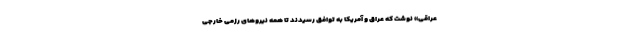
عراقی» نوشت که عراق و آمریکا به توافق رسیدند تا همه نیروهای رزمی خارجی